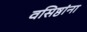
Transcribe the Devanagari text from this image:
वसिष्ठांना